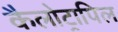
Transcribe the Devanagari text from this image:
कैलोट्रापिल